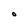
Character: O